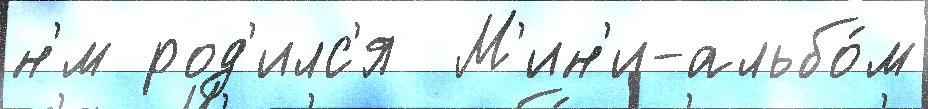
н'́м род'илс'я  М'ин'и-альбо́м